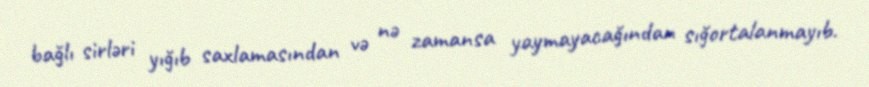
bağlı sirləri yığıb saxlamasından və nə zamansa yaymayacağından sığortalanmayıb.